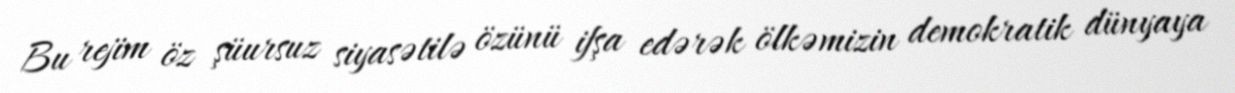
Bu rejim öz şüursuz siyasətilə özünü ifşa edərək ölkəmizin demokratik dünyaya